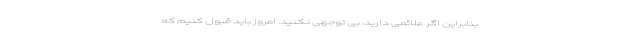
بنابراین اگر علائمی دارید، بی توجهی نکنید. امروز باید قبول کنیم که